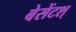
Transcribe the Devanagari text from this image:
बेसेंटश्